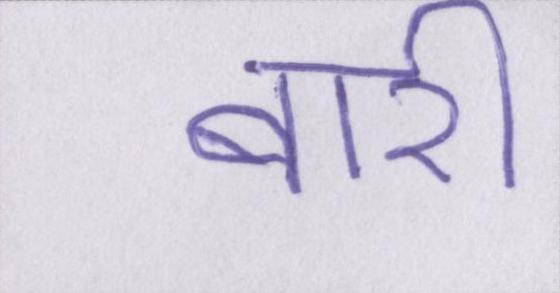
बारी